Sketch of the medical history of the native army of Bombay, for the year
Year: 1872
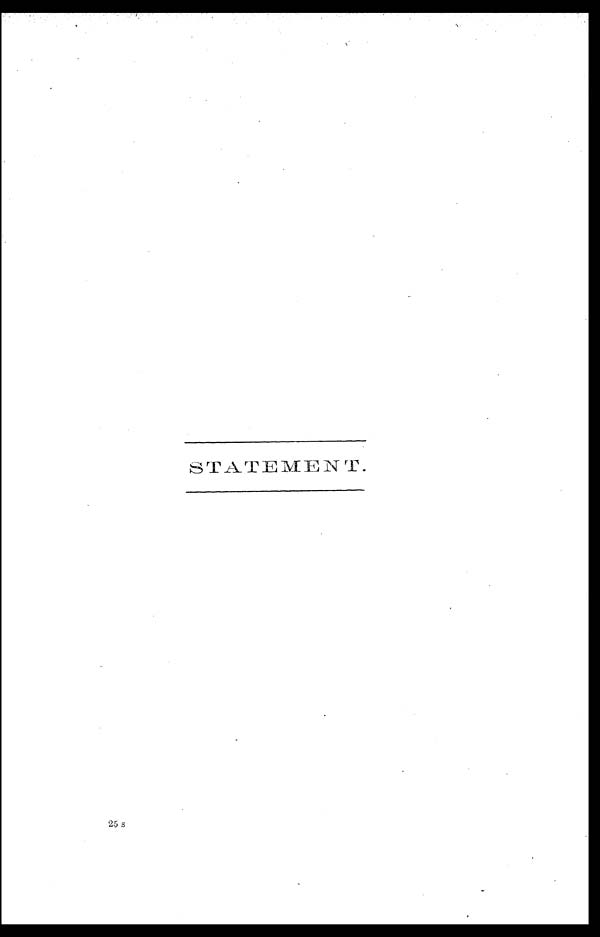
STATEMENT.